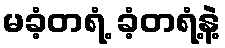
မခံ့တရံ့ ခံ့တရံ့နဲ့